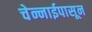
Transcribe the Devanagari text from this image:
चेन्नाईपासून